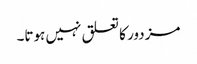
مزدور کا تعلق نہیں ہوتا۔